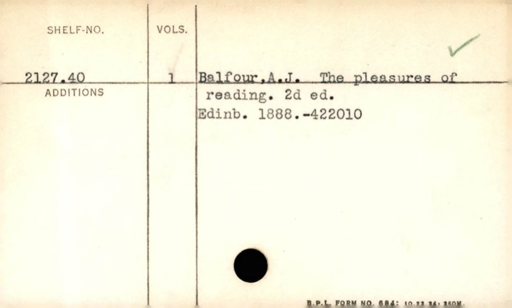
Label: content